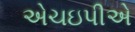
એચઇપીએ